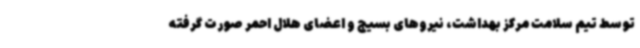
توسط تیم سلامت مرکز بهداشت، نیروهای بسیج و اعضای هلال احمر صورت گرفته